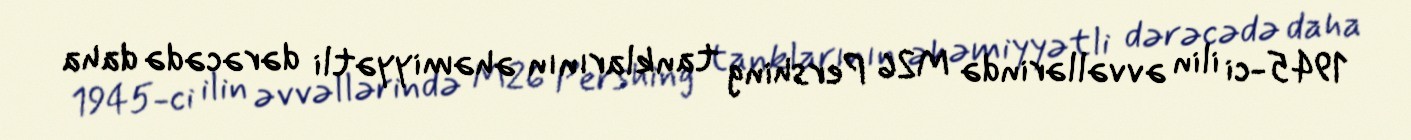
1945-ci ilin əvvəllərində M26 Pershing tanklarının əhəmiyyətli dərəcədə daha